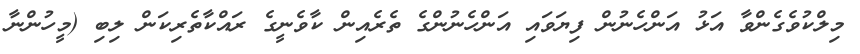
މިލްކުވެގެންވާ އަޅު އަންހެނުން ފިޔަވައި އަންހެނުންގެ ތެރެއިން ކާވެނީގެ ރައްކާތެރިކަން ލިބި (މީހުންނާ